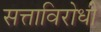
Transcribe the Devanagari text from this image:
सत्ताविरोधी